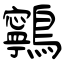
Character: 鸋